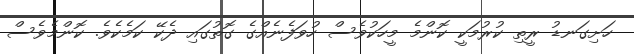
ހަށިގަނޑު ރީތި ކުރުމަކީ ކޮންމެ މީހަކުވެސް ހުވަފެނެއްގެ ގޮތުގައި ދެކޭ ކަމެކެވެ. ކޮޮންމެވެސް